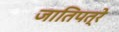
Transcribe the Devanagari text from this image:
जातिपत्रे